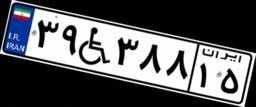
۳۹W۳۸۸۱۵